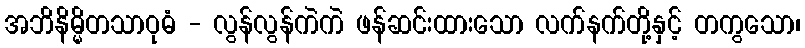
အဘိနိမ္မိတသာဝုဓံ - လွန်လွန်ကဲကဲ ဖန်ဆင်းထားသော လက်နက်တို့နှင့် တကွသော၊